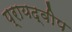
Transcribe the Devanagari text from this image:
प्रायद्‍वीप